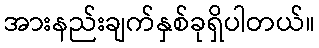
အားနည်းချက်နှစ်ခုရှိပါတယ်။